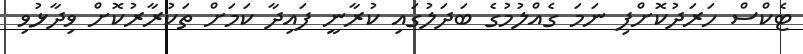
ޓެކްސް ހަރަދުކޮށްފި ނަމަ ގެއްލުމުގެ ބަދަލުގައި ކުރާނީ ފައިދާ ކަމަށް ތަކުރާރުކޮށް ވިދާޅުވި